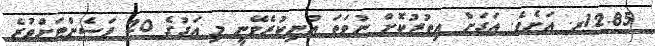
12.85ރ. އަށެވެ. އަގަށް އިތުރުކޮށް ނުވަތަ އުނިކުރެވޭނީ މި އަގުގެ 20 ޕަސެންޓަށްވުރެ